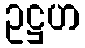
ဥဋ္ဌဟ